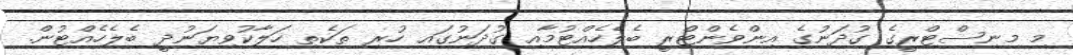
މި މިނިސްޓްރީގެ ގުދަނުގެ އިންވެންޓްރީ ބެލެހެއްޓުމާއި ގުދަނުގައި ހުރި ތަކެތި ހަލާކުވިޔަނުދީ ބެލެހެއްޓުން.